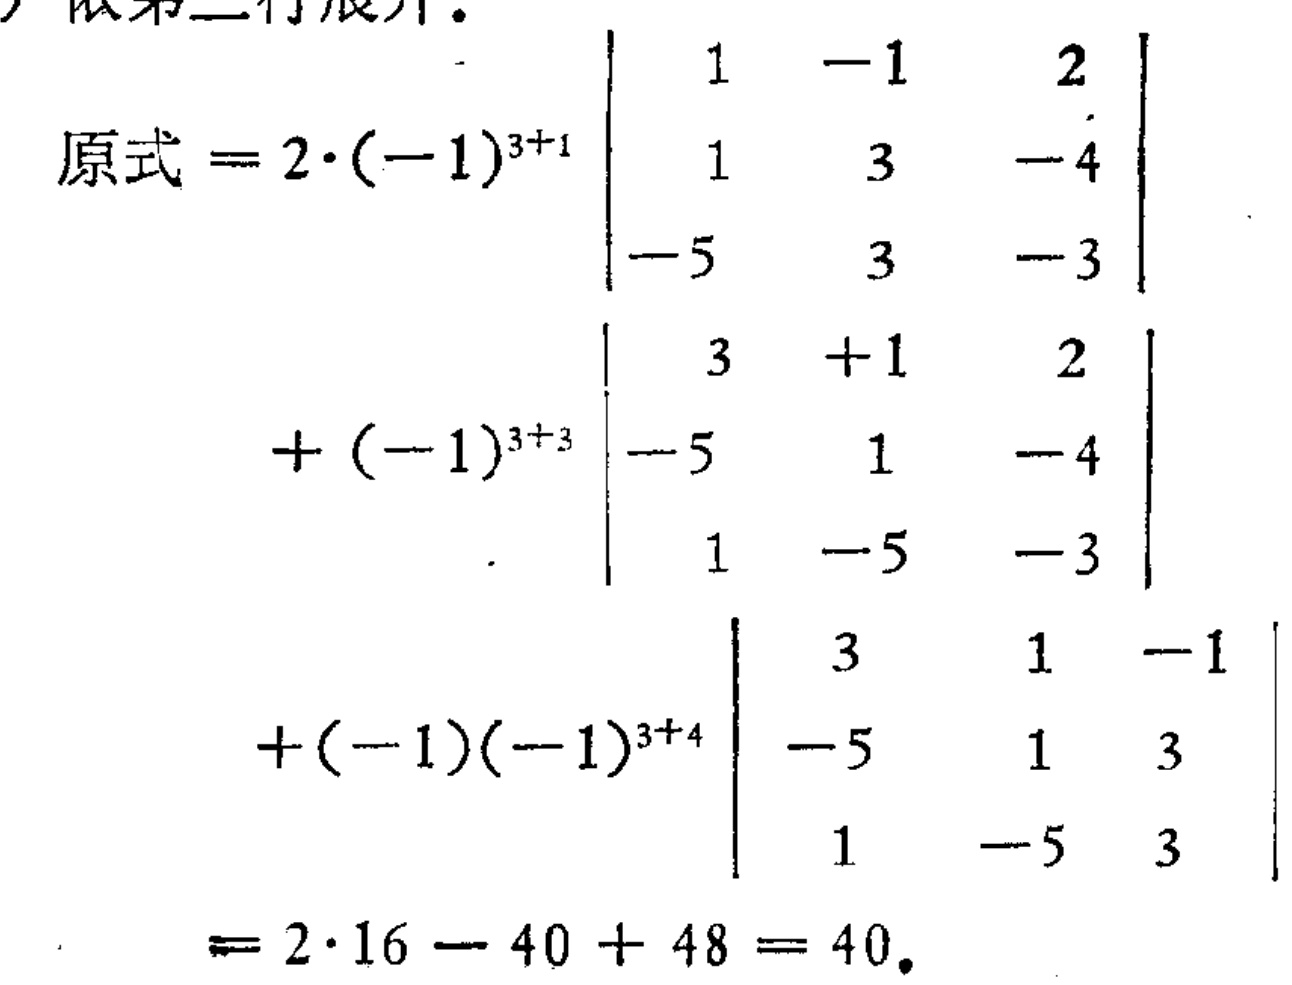
\[
\begin{align*}
&\text{原式}=2\cdot(-1)^{3 + 1}\begin{vmatrix}
1&-1&2\\
1&3&-4\\
-5&3&-3
\end{vmatrix}\\
&+(-1)^{3 + 3}\begin{vmatrix}
3&+1&2\\
-5&1&-4\\
1&-5&-3
\end{vmatrix}\\
&+(-1)(-1)^{3 + 4}\begin{vmatrix}
3&1&-1\\
-5&1&3\\
1&-5&3
\end{vmatrix}\\
&=2\cdot16 - 40 + 48 = 40.
\end{align*}
\]